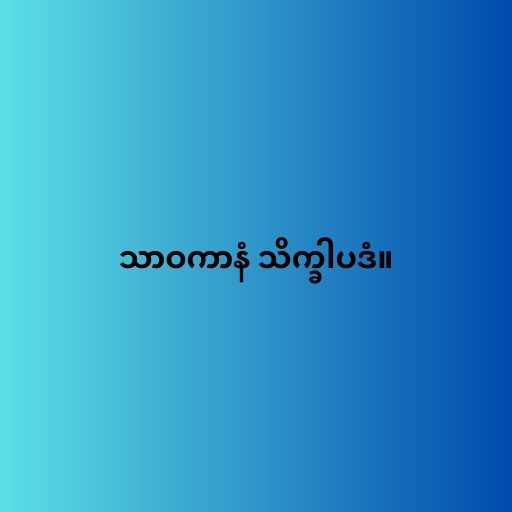
သာဝကာနံ သိက္ခါပဒံ။